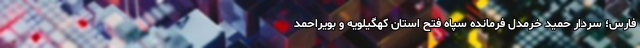
فارس؛ سردار حمید خرمدل فرمانده سپاه فتح استان کهگیلویه و بویراحمد